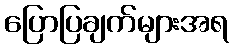
ပြောပြချက်များအရ